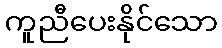
ကူညီပေးနိုင်သော